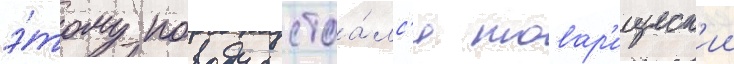
э́тому поводу состоа́лс'я товар'ищеск'ии